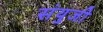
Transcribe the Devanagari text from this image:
संयुजी